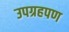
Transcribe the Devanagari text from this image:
उपग्रहपण